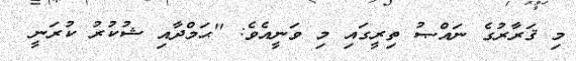
މި ޤަރާރުގެ ނައްޞު ތިރީގައި މި ވަނީއެވެ: ''ޙަމްދާއި ޝުކުރު ކުރަނީ